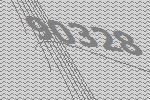
90328